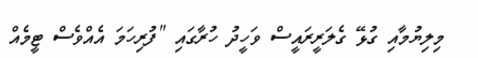
މިލިޔުމާއި ގުޅޭ ގެލަރީރައީސް ވަހީދު ހުރާގައި "ފުރިހަމަ އެއްވެސް ޓީމެއް